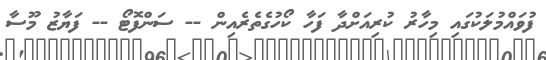
ފުވައްމުލަކުގައި މިހާރު ކުރިއަށްދާ ފަހާ ކޯހުގެތެރެއިން -- ސަންފޮޓޯ -- ފަޔާޒު މޫސާ